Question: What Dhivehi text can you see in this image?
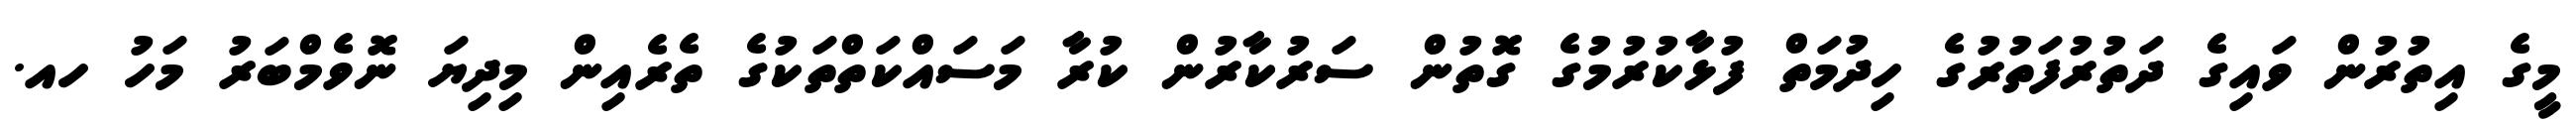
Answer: މީގެ އިތުރުން ވައިގެ ދަތުރުފަތުރުގެ ހިދުމަތް ފުޅާކުރުމުގެ ގޮތުން ސަރުކާރުން ކުރާ މަސައްކަތްތަކުގެ ތެރެއިން މިދިޔަ ނޮވެމްބަރު މަހު ހއ.